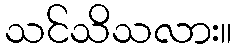
သင်သိသလား။